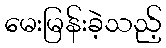
မေးမြန်းခဲ့သည့်